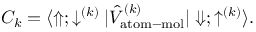
C _ { k } = \langle \Uparrow ; \downarrow ^ { ( k ) } | \hat { V } _ { \mathrm { a t o m - m o l } } ^ { ( k ) } | \Downarrow ; \uparrow ^ { ( k ) } \rangle .